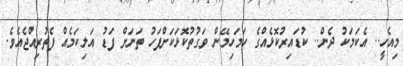
މިއެހީ.. އެކަމަކު ދެން.. ކުޑައިރުކޮޅެއްގެ ހަމަހިމޭން ވަގުތުކޮޅަކަށްފަހު ތަނަށް ފަޑު އަލިކަމެއް ފެތުރިއްޖެއެވެ.